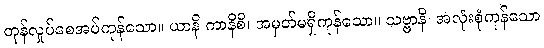
တုန်လှုပ်စေအပ်ကုန်သော။ ယာနိ ကာနိစိ၊ အမှတ်မရှိကုန်သော။ သဗ္ဗာနိ၊ အလုံးစုံကုန်သော